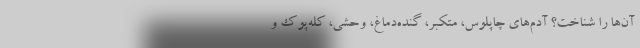
آن‌ها را شناخت؟ آدم‌های چاپلوس، متکبر، گنده‌دماغ، وحشی، کله‌پوک و